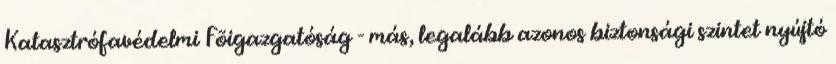
Katasztrófavédelmi Fõigazgatóság - más, legalább azonos biztonsági szintet nyújtó